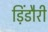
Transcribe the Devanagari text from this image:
ड़िंडौरी